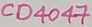
Text: CD4047